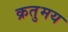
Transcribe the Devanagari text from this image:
क्रतुमय